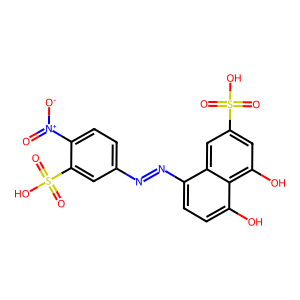
SMILES: O=[N+]([O-])c1ccc(N=Nc2ccc(O)c3c(O)cc(S(=O)(=O)O)cc23)cc1S(=O)(=O)O
Inhibits HIV replication: No